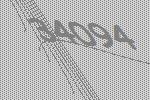
34094